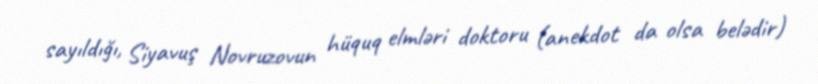
sayıldığı, Siyavuş Novruzovun hüquq elmləri doktoru (anekdot da olsa belədir)